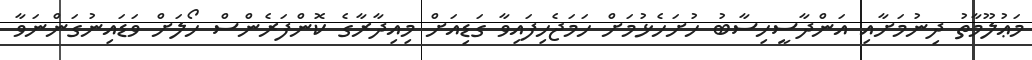
މަޢުލޫމާތު ދިނުމަށާއި އަންދާސީހިސާބު ހުށަހެޅުމަށް ހަމަޖެހިފައިވާ ގަޑިއަށް މިއިދާރާގެ ކޮންފަރެންސް ހޯލަށް ވަޑައިނުގަންނަވާ